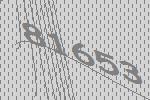
81653